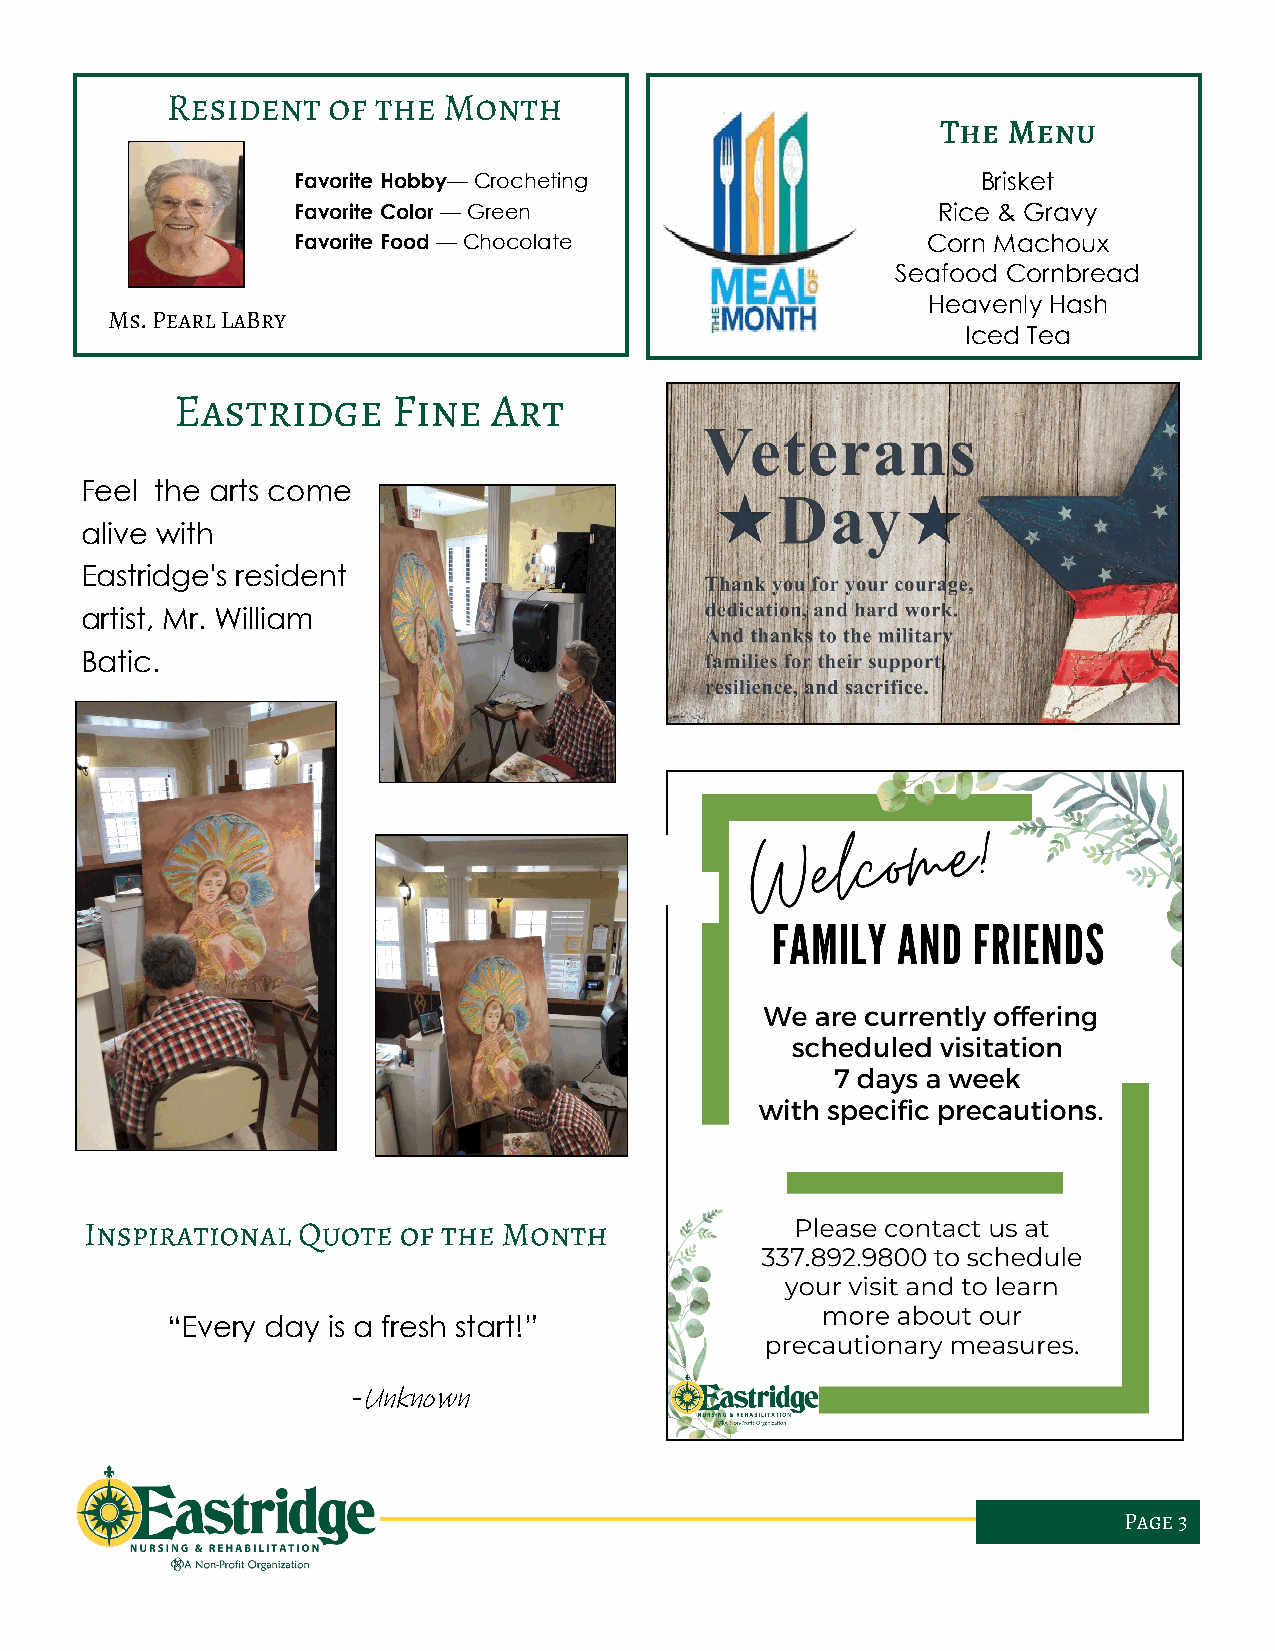
Favorite Hobby— Crocheting                    Brisket
 Favorite Color — Green                     Rice & Gravy
 Favorite Food — Chocolate                 Corn Machoux
 Seafood Cornbread
 Heavenly Hash
 Iced Tea
 Feel the arts come
 alive with
 Eastridge's resident
 artist, Mr. William
 Batic.
 “Every day is a fresh start!”
 -Unknown